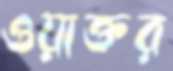
ওয়াক্তর